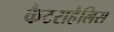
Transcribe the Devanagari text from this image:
कैटराहैलिस